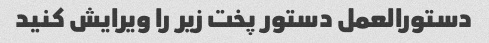
دستورالعمل دستور پخت زیر را ویرایش کنید